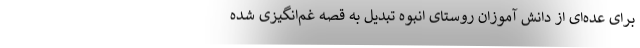
برای عده‌ای از دانش آموزان روستای انبوه تبدیل به قصه غم‌انگیزی شده